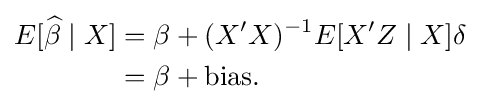
{\begin{aligned}E[{\widehat {\beta }}\mid X]&=\beta +(X'X)^{-1}E[X'Z\mid X]\delta \\&=\beta +{\text{bias}}.\end{aligned}}